Vaccination North-Western Provinces and Oudh 1878-1895 - 1878-1895
Year: 1878
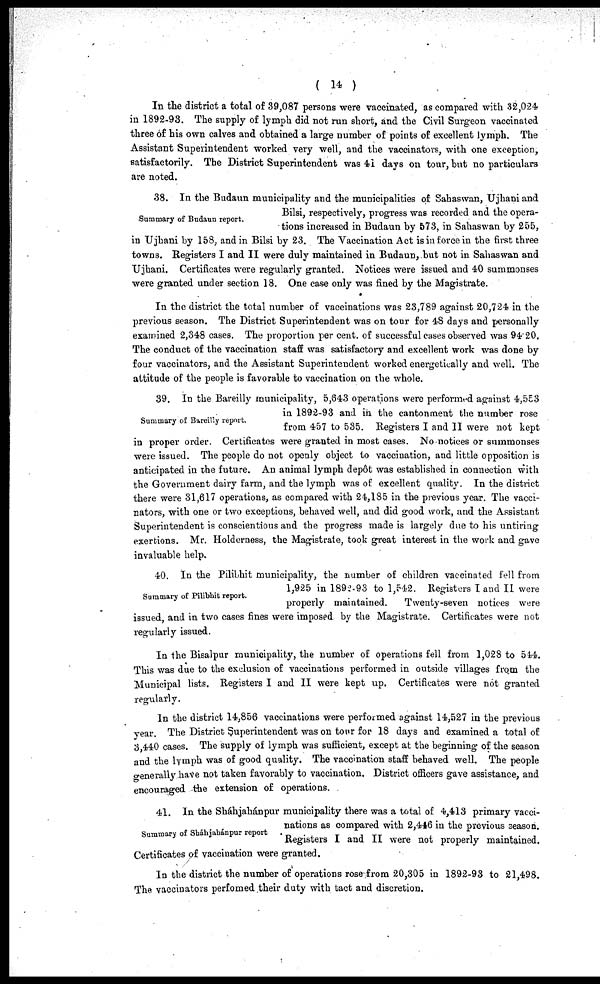
( 14 )
In the district a total of 39,087 persons were vaccinated, as compared with 32,024
in 1892-93. The supply of lymph did not run short, and the Civil Surgeon vaccinated
three of his own calves and obtained a large number of points of excellent lymph. The
Assistant Superintendent worked very well, and the vaccinators, with one exception,
satisfactorily. The District Superintendent was 41 days on tour, but no particulars
are noted.
Summary of Budaun report.
38. In the Budaun municipality and the municipalities of Sahaswan, Ujhani and
Bilsi, respectively, progress was recorded and the opera-
tions increased in Budaun by 573, in Sahaswan by 255,
in Ujhani by 158, and in Bilsi by 23. The Vaccination Act is in force in the first three
towns. Registers I and II were duly maintained in Budaun, but not in Sahaswan and
Ujhani. Certificates were regularly granted. Notices were issued and 40 summonses
were granted under section 18. One case only was fined by the Magistrate.
In the district the total number of vaccinations was 23,789 against 20,724 in the
previous season. The District Superintendent was on tour for 48 days and personally
examined 2,348 cases. The proportion per cent. of successful cases observed was 94.20.
The conduct of the vaccination staff was satisfactory and excellent work was done by
four vaccinators, and the Assistant Superintendent worked energetically and well. The
attitude of the people is favorable to vaccination on the whole.
Summary of Bareilly report.
39. In the Bareilly municipality, 5,643 operations were performed against 4,553
in 1892-93 and in the cantonment the number rose
from 457 to 535. Registers I and II were not kept
in proper order. Certificates were granted in most cases. No notices or summonses
were issued. The people do not openly object to vaccination, and little opposition is
anticipated in the future. An animal lymph depôt was established in connection with
the Government dairy farm, and the lymph was of excellent quality. In the district
there were 31,617 operations, as compared with 24,185 in the previous year. The vacci-
nators, with one or two exceptions, behaved well, and did good work, and the Assistant
Superintendent is conscientious and the progress made is largely due to his untiring
exertions. Mr. Holderness, the Magistrate, took great interest in the work and gave
invaluable help.
Summary of Pilibhit report.
40. In the Pilibhit municipality, the number of children vaccinated fell from
1,925 in 1892-93 to 1,542. Registers I and II were
properly maintained.
Twenty-seven notices were
issued, and in two cases fines were imposed by the Magistrate. Certificates were not
regularly issued.
In the Bisalpur municipality, the number of operations fell from 1,028 to 544.
This was due to the exclusion of vaccinations performed in outside villages from the
Municipal lists. Registers I and II were kept up. Certificates were not granted
regularly.
In the district 14,856 vaccinations were performed against 14,527 in the previous
year. The District Superintendent was on tour for 18 days and examined a total of
3,440 cases. The supply of lymph was sufficient, except at the beginning of the season
and the lymph was of good quality. The vaccination staff behaved well. The people
generally have not taken favorably to vaccination. District officers gave assistance, and
encouraged the extension of operations.
Summary of Sháhjahánpur report
41. In the Sháhjahánpur municipality there was a total of 4,413 primary vacci-
nations as compared with 2,446 in the previous season.
Registers I and II were not properly maintained.
Certificates of vaccination were granted.
In the district the number of operations rose from 20,305 in 1892-93 to 21,498.
The vaccinators perfomed their duty with tact and discretion.